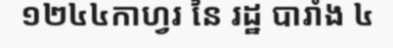
១២៤៤កាហ្វរ នៃ រដ្ឋ បារាំង ៤